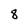
Character: 8